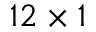
1 2 \times 1